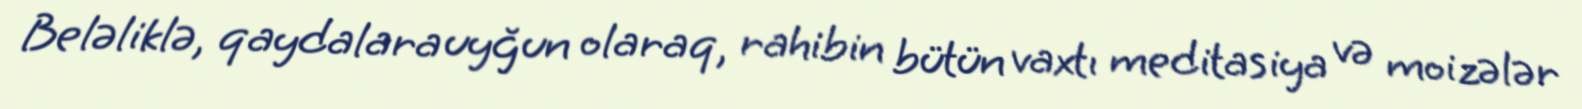
Beləliklə, qaydalara uyğun olaraq, rahibin bütün vaxtı meditasiya və moizələr